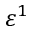
\varepsilon ^ { 1 }